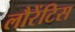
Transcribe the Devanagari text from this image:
लौरेंटिस